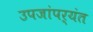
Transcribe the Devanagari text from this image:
उपजांपर्यंत